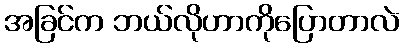
အခြင်က ဘယ်လိုဟာကိုပြောတာလဲ